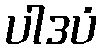
ပါဒပံ